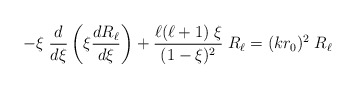
\begin{align*}- \xi\; {d\over d\xi} \left( \xi {dR_\ell\over d\xi} \right) + {\ell(\ell+1)\; \xi\over (1-\xi)^2}\; R_\ell = (k r_0)^2\; R_\ell\end{align*}